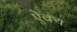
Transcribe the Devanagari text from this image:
ऐक्‍य